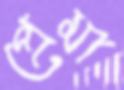
প্রেমা